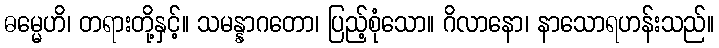
ဓမ္မေဟိ၊ တရားတို့နှင့်။ သမန္နာဂတော၊ ပြည့်စုံသော။ ဂိလာနော၊ နာသောရဟန်းသည်။